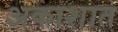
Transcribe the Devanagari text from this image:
अकाशात